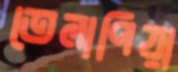
তেলাপিয়া